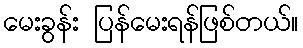
မေးခွန်း ပြန်မေးရန်ဖြစ်တယ်။